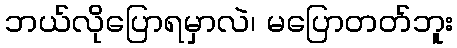
ဘယ်လိုပြောရမှာလဲ၊ မပြောတတ်ဘူး